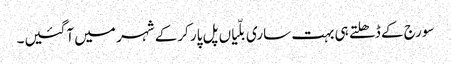
سورج کے ڈھلتے ہی بہت ساری بلّیاں پل پار کرکے شہر میں آگئیں۔